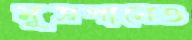
মূত্রপানেও